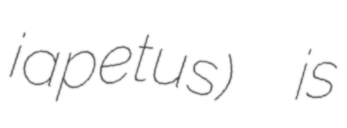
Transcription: iapetus)  is